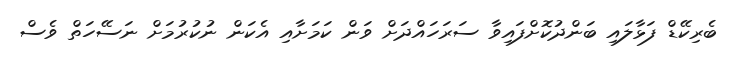
ބެރިކޭޑް ފަޅާލައި ބަންދުކޮށްފައިވާ ސަރަހައްދަށް ވަން ކަމަށާއި އެކަން ނުކުރުމަށް ނަސޭހަތް ވެސް